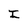
Character: I